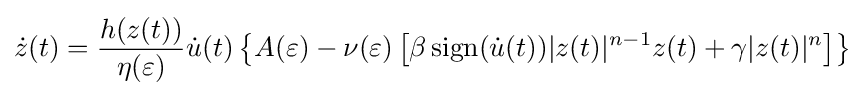
{\dot {z}}(t)={\frac {h(z(t))}{\eta (\varepsilon )}}{\dot {u}}(t)\left\{A(\varepsilon )-\nu (\varepsilon )\left[\beta \operatorname {sign} ({\dot {u}}(t))|z(t)|^{n-1}z(t)+\gamma |z(t)|^{n}\right]\right\}